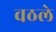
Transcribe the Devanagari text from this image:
वठले